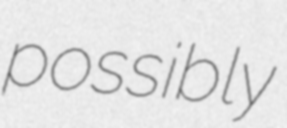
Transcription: possibly